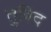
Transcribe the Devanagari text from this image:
तुबिद